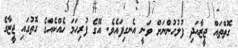
ގޮތްތައް ޖީޒާއަދި ފުލުހުންނަށް ވަނީ އެނގިފައެވެ. އޭގެ ފުރިހަމަ ހެއްކެއްގެ ގޮތުގައި ޖީޒާގެ